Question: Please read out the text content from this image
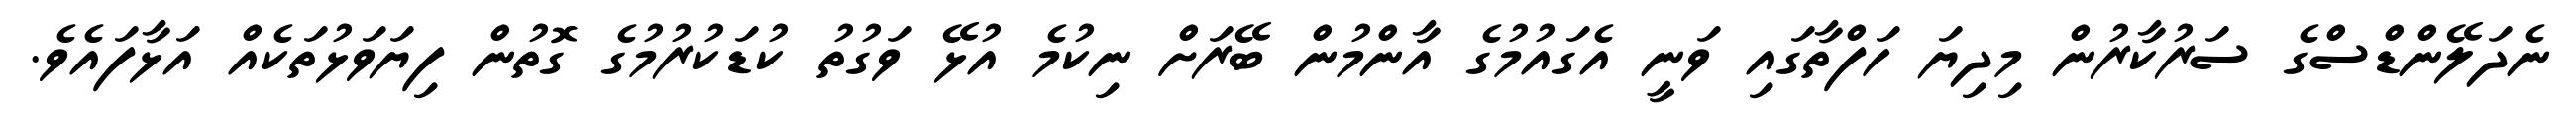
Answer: ނެދަލޭންޑްސްގެ ސަރުކާރުން މިދިޔަ ހަފްތާގައި ވަނީ އެގައުމުގެ އާންމުން ބޭރަށް ނިކުމެ އުޅޭ ވަގުތު ކުޑަކުރުމުގެ ގޮތުން ފިޔަވަޅުތަކެއް އަޅާފައެވެ.